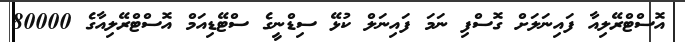
އޮސްޓްރޭލިއާ ފައިނަލަށް ގޮސްފި ނަމަ ފައިނަލް ކުޅޭ ސިޑްނީގެ ސްޓޭޑިއަމް އޮސްޓްރޭލިއާގެ 80000